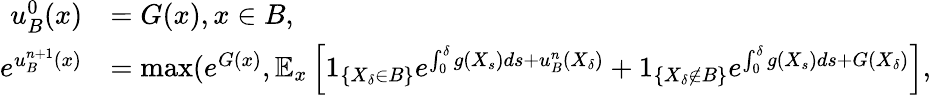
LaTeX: \begin{array}{rl}{u_{B}^{0}(x)}&{=G(x),x\in B,}\\ {e^{u_{B}^{n+1}(x)}}&{=\operatorname*{max}(e^{G(x)},\mathbb{E}_{x}\left[1_{\{ X_{\delta}\in B\} }e^{\int_{0}^{\delta}g(X_{s})ds+u_{B}^{n}(X_{\delta})}+1_{\{ X_{\delta}\notin B\} }e^{\int_{0}^{\delta}g(X_{s})ds+G(X_{\delta})}\right],}\end{array}